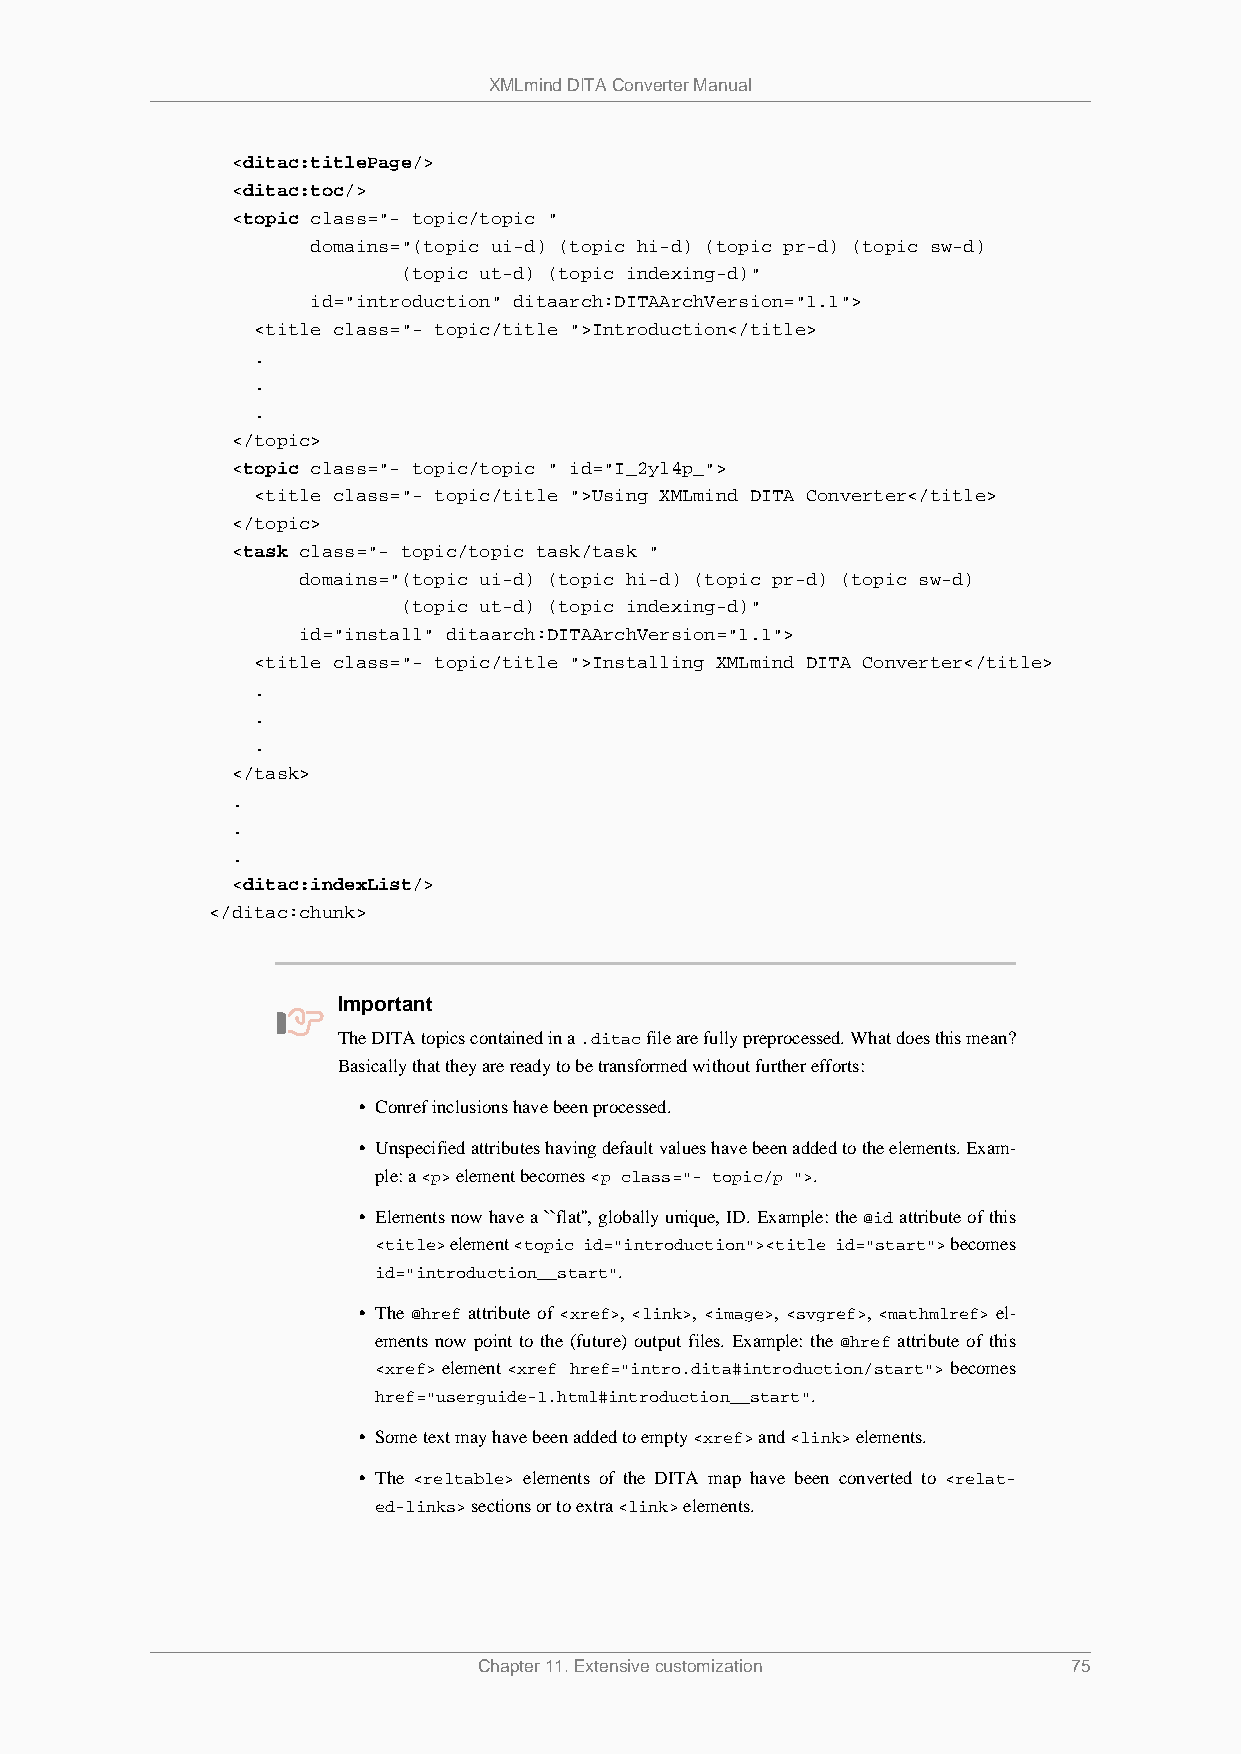
XMLmind DITA Converter Manual
 <ditac:titlePage/>
 <ditac:toc/>
 <topic class="- topic/topic "
 domains="(topic ui-d) (topic hi-d) (topic pr-d) (topic sw-d)
 (topic ut-d) (topic indexing-d)"
 id="introduction" ditaarch:DITAArchVersion="1.1">
 <title class="- topic/title ">Introduction</title>
 .
 .
 .
 </topic>
 <topic class="- topic/topic " id="I_2yl4p_">
 <title class="- topic/title ">Using XMLmind DITA Converter</title>
 </topic>
 <task class="- topic/topic task/task "
 domains="(topic ui-d) (topic hi-d) (topic pr-d) (topic sw-d)
 (topic ut-d) (topic indexing-d)"
 id="install" ditaarch:DITAArchVersion="1.1">
 <title class="- topic/title ">Installing XMLmind DITA Converter</title>
 .
 .
 .
 </task>
 .
 .
 .
 <ditac:indexList/>
 </ditac:chunk>
 Important
 The DITA topics contained in a .ditac file are fully preprocessed. What does this mean?
 Basically that they are ready to be transformed without further efforts:
 • Conref inclusions have been processed.
 • Unspecified attributes having default values have been added to the elements. Exam-
 ple: a <p> element becomes <p class="- topic/p ">.
 • Elements now have a ``flat'', globally unique, ID. Example: the @id attribute of this
 <title> element <topic id="introduction"><title id="start"> becomes
 id="introduction__start".
 • The @href attribute of <xref>, <link>, , <svgref>, <mathmlref> el-
 ements now point to the (future) output files. Example: the @href attribute of this
 <xref> element <xref href="intro.dita#introduction/start"> becomes
 href="userguide-1.html#introduction__start".
 • Some text may have been added to empty <xref> and <link> elements.
 • The <reltable> elements of the DITA map have been converted to <relat-
 ed-links> sections or to extra <link> elements.
 Chapter 11. Extensive customization    75